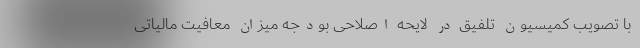
با تصویب کمیسیون تلفیق در لایحه اصلاحی بودجه میزان معافیت مالیاتی